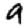
Digit: 9